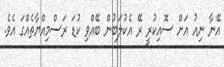
އޭނާ ނިއު އަށް ސޮއިކުރީ ރޭ އެކުލަބުން ބޭއްވި ކުޑަ ރަސްމިއްޔާތެއްގަ އެވެ.